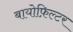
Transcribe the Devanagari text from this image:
बायोफ़िल्टर